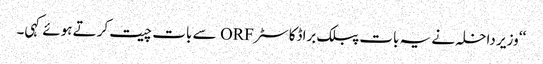
‘‘ وزیر داخلہ نے یہ بات پبلک براڈکاسٹر ORF سے بات چیت کرتے ہوئے کہی۔